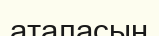
аталасың